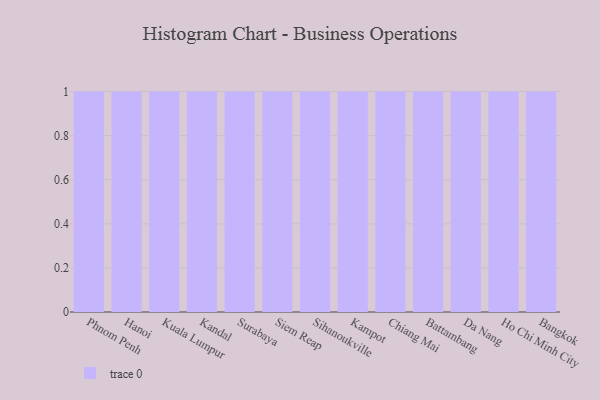
{"axis": {"x": "City", "y": "Humidity (%)"}, "legend": [""], "data": [{"x": "Phnom Penh", "y": 69, "type": ""}, {"x": "Hanoi", "y": 68, "type": ""}, {"x": "Kuala Lumpur", "y": 1, "type": ""}, {"x": "Kandal", "y": 35, "type": ""}, {"x": "Surabaya", "y": 64, "type": ""}, {"x": "Siem Reap", "y": 85, "type": ""}, {"x": "Sihanoukville", "y": 98, "type": ""}, {"x": "Kampot", "y": 29, "type": ""}, {"x": "Chiang Mai", "y": 26, "type": ""}, {"x": "Battambang", "y": 9, "type": ""}, {"x": "Da Nang", "y": 88, "type": ""}, {"x": "Ho Chi Minh City", "y": 45, "type": ""}, {"x": "Bangkok", "y": 44, "type": ""}]}